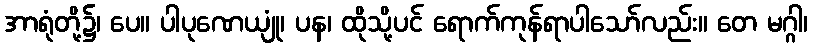
အာရုံတို့၌၊ ပေ။ ပါပုဏေယျုံ၊ ပန၊ ထိုသို့ပင် ရောက်ကုန်ရာပါသော်လည်း။ တေ မဂ္ဂါ၊